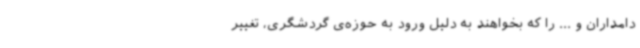
دامداران و ... را که بخواهند به دلیل ورود به حوزه‌ی گردشگری، تغییر